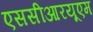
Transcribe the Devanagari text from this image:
एससीआरयूएम